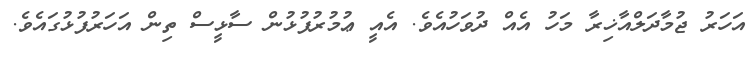
އަހަރު ޖުމާދަލްއާޚިރާ މަހު އެއް ދުވަހުއެވެ. އެއީ ޢުމުރުފުޅުން ސާޅީސް ތިން އަހަރުފުޅުގައެވެ.